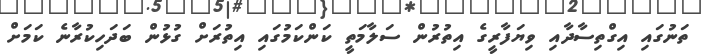
ތަނުގައި އިގްތިސާދާއި ވިޔަފާރީގެ އިތުރުން ސަލާމަތީ ކަންކަމުގައި އިތުރަށް ގުޅުން ބަދަހިކުރާނެ ކަމަށް